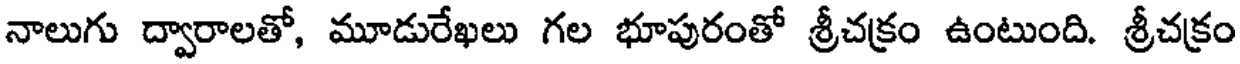
నాలుగు ద్వారాలతో, మూడురేఖలు గల భూపురంతో శ్రీచక్రం ఉంటుంది. శ్రీచక్రం